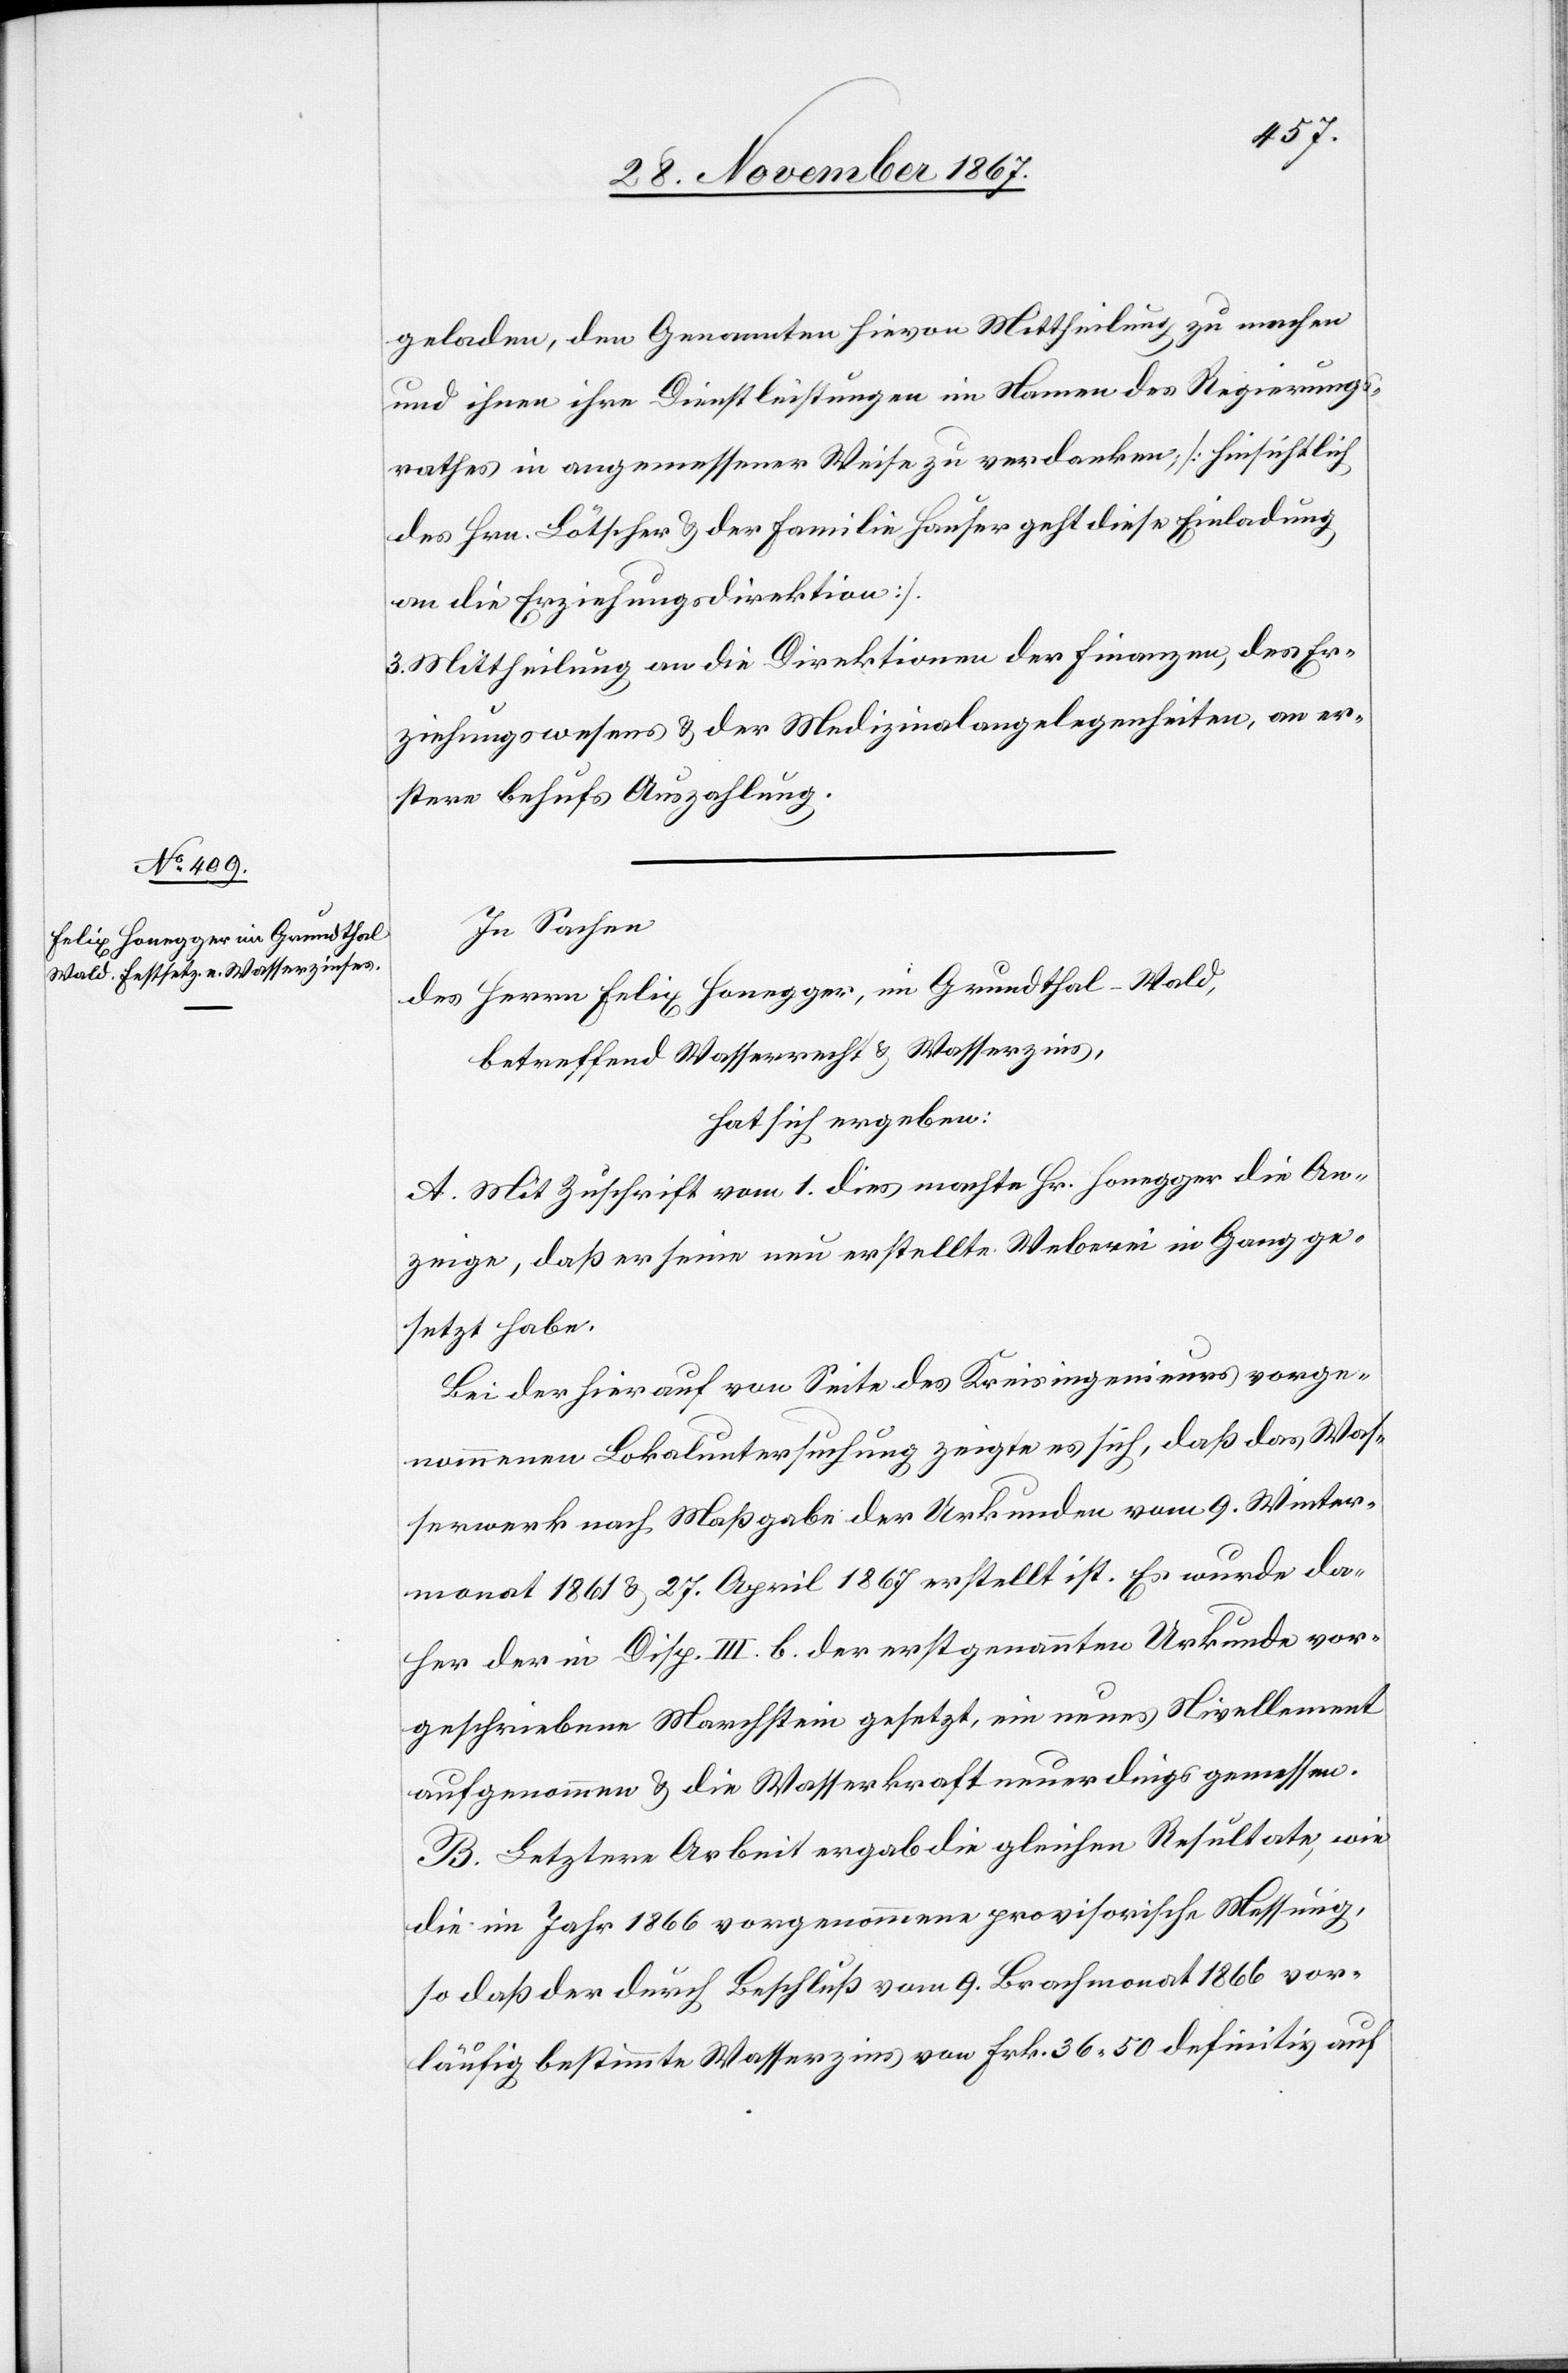
geladen, den Genannten hievon Mittheilung zu machen
und ihnen ihre Dienstleistungen im Namen des Regierungs¬
rathes in angemessener Weise zu verdanken; [hinsichtlich
des Hrn. Lötscher u. der Familie Hauser geht diese Einladung
an die Erziehungsdirektion].
3. Mittheilung an die Direktionen der Finanzen, des Er¬
ziehungswesens u. der Medizinalangelegenheiten, an er¬
stere behufs Auszahlung.
In Sachen
des Herrn Felix Honegger, im Grundthal-Wald,
betreffend Wasserrecht u. Wasserzins,
hat sich ergeben:
A. Mit Zuschrift vom 1. dies machte Hr. Honegger die An¬
zeige, daß er seine neu erstellte Weberei in Gang ge¬
setzt habe.
Bei der hierauf von Seite des Kreisingenieurs vorge¬
nommenen Lokaluntersuchung zeigte es sich, daß das Was¬
serwerk nach Maßgabe der Urkunden vom 9. Winter¬
monat 1861 & 27. April 1867 erstellt ist. Es wurde da¬
her der in Disp. III. b. der erstgenannten Urkunde vor¬
geschriebene Marchstein gesetzt, ein neues Nivellement
aufgenommen & die Wasserkraft neuerdings gemessen.
B. Letztere Arbeit ergab die gleichen Resultate, wie
die im Jahr 1866 vorgenommene provisorische Messung,
sodaß der durch Beschluß vom 9. Brachmonat 1866 vor¬
läufig bestimmte Wasserzins von Frk. 36 50 definitiv auf